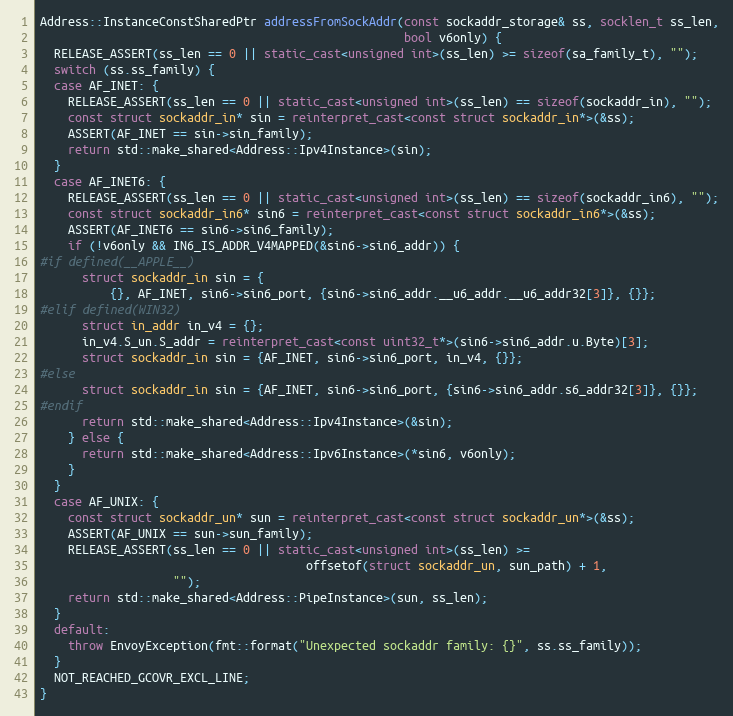
Language: C++
Address::InstanceConstSharedPtr addressFromSockAddr(const sockaddr_storage& ss, socklen_t ss_len,
                                                    bool v6only) {
  RELEASE_ASSERT(ss_len == 0 || static_cast<unsigned int>(ss_len) >= sizeof(sa_family_t), "");
  switch (ss.ss_family) {
  case AF_INET: {
    RELEASE_ASSERT(ss_len == 0 || static_cast<unsigned int>(ss_len) == sizeof(sockaddr_in), "");
    const struct sockaddr_in* sin = reinterpret_cast<const struct sockaddr_in*>(&ss);
    ASSERT(AF_INET == sin->sin_family);
    return std::make_shared<Address::Ipv4Instance>(sin);
  }
  case AF_INET6: {
    RELEASE_ASSERT(ss_len == 0 || static_cast<unsigned int>(ss_len) == sizeof(sockaddr_in6), "");
    const struct sockaddr_in6* sin6 = reinterpret_cast<const struct sockaddr_in6*>(&ss);
    ASSERT(AF_INET6 == sin6->sin6_family);
    if (!v6only && IN6_IS_ADDR_V4MAPPED(&sin6->sin6_addr)) {
#if defined(__APPLE__)
      struct sockaddr_in sin = {
          {}, AF_INET, sin6->sin6_port, {sin6->sin6_addr.__u6_addr.__u6_addr32[3]}, {}};
#elif defined(WIN32)
      struct in_addr in_v4 = {};
      in_v4.S_un.S_addr = reinterpret_cast<const uint32_t*>(sin6->sin6_addr.u.Byte)[3];
      struct sockaddr_in sin = {AF_INET, sin6->sin6_port, in_v4, {}};
#else
      struct sockaddr_in sin = {AF_INET, sin6->sin6_port, {sin6->sin6_addr.s6_addr32[3]}, {}};
#endif
      return std::make_shared<Address::Ipv4Instance>(&sin);
    } else {
      return std::make_shared<Address::Ipv6Instance>(*sin6, v6only);
    }
  }
  case AF_UNIX: {
    const struct sockaddr_un* sun = reinterpret_cast<const struct sockaddr_un*>(&ss);
    ASSERT(AF_UNIX == sun->sun_family);
    RELEASE_ASSERT(ss_len == 0 || static_cast<unsigned int>(ss_len) >=
                                      offsetof(struct sockaddr_un, sun_path) + 1,
                   "");
    return std::make_shared<Address::PipeInstance>(sun, ss_len);
  }
  default:
    throw EnvoyException(fmt::format("Unexpected sockaddr family: {}", ss.ss_family));
  }
  NOT_REACHED_GCOVR_EXCL_LINE;
}